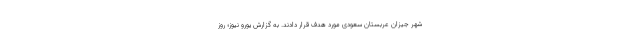
شهر جیزان عربستان سعودی مورد هدف قرار دادند. به گزارش یورو نیوز؛ روز